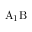
\mathrm { A _ { 1 } B }